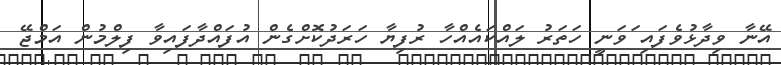
އޭނާ ވިދާޅުވެފައި ަވަނީ ހަތަރު ލައްކައެއްހާ ރުފިޔާ ހަރަދުކޮށްގެން އުފައްދާފައިވާ ފިލްމުން އަމްޖޭ